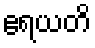
ဧရယတိ